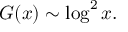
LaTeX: G ( x ) \sim \log ^ { 2 } x .